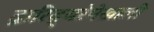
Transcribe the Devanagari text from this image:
द्रारिद्र्यरेषेखाली